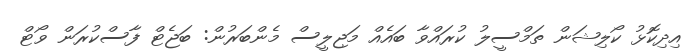
އިދިކޮޅު ކޯލިޝަން ތަމްސީލު ކުރައްވާ ބައެއް މަޖިލީސް މެންބަރުން: ބަޖެޓް ފާސްކުރަން ވޯޓް